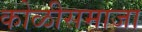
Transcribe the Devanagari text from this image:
कोळीसमाजा